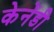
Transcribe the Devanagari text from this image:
केनेंडी